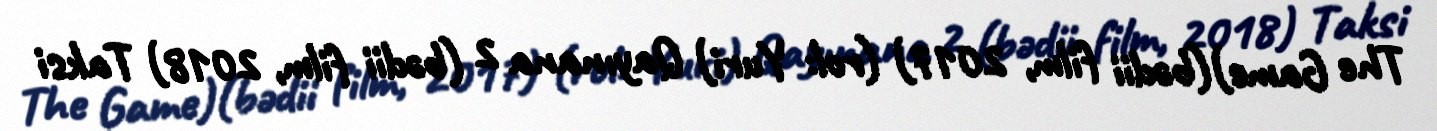
The Game)(bədii film, 2017) (rol: Yuri) Qayınana 2 (bədii film, 2018) Taksi